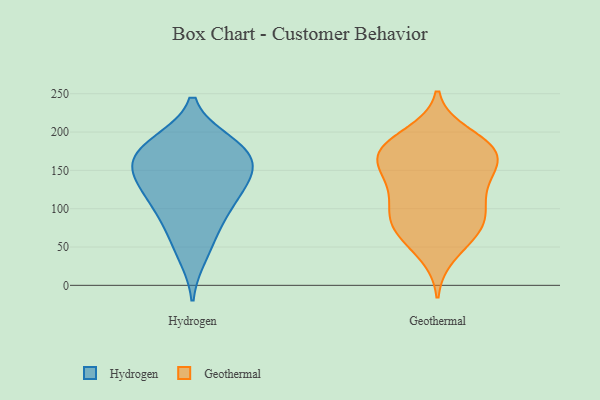
{"axis": {"x": "Waste Production (Tons)", "y": "Value"}, "legend": ["Geothermal", "Hydrogen"], "data": [{"x": "", "y": 138, "type": "Hydrogen"}, {"x": "", "y": 157, "type": "Hydrogen"}, {"x": "", "y": 110, "type": "Hydrogen"}, {"x": "", "y": 187, "type": "Hydrogen"}, {"x": "", "y": 106, "type": "Hydrogen"}, {"x": "", "y": 186, "type": "Hydrogen"}, {"x": "", "y": 88, "type": "Hydrogen"}, {"x": "", "y": 131, "type": "Hydrogen"}, {"x": "", "y": 173, "type": "Hydrogen"}, {"x": "", "y": 156, "type": "Hydrogen"}, {"x": "", "y": 38, "type": "Hydrogen"}, {"x": "", "y": 179, "type": "Hydrogen"}, {"x": "", "y": 146, "type": "Hydrogen"}, {"x": "", "y": 65, "type": "Hydrogen"}, {"x": "", "y": 65, "type": "Geothermal"}, {"x": "", "y": 141, "type": "Geothermal"}, {"x": "", "y": 83, "type": "Geothermal"}, {"x": "", "y": 180, "type": "Geothermal"}, {"x": "", "y": 177, "type": "Geothermal"}, {"x": "", "y": 183, "type": "Geothermal"}, {"x": "", "y": 180, "type": "Geothermal"}, {"x": "", "y": 77, "type": "Geothermal"}, {"x": "", "y": 40, "type": "Geothermal"}, {"x": "", "y": 110, "type": "Geothermal"}, {"x": "", "y": 93, "type": "Geothermal"}, {"x": "", "y": 197, "type": "Geothermal"}, {"x": "", "y": 65, "type": "Geothermal"}, {"x": "", "y": 169, "type": "Geothermal"}, {"x": "", "y": 93, "type": "Geothermal"}, {"x": "", "y": 137, "type": "Geothermal"}, {"x": "", "y": 155, "type": "Geothermal"}, {"x": "", "y": 147, "type": "Geothermal"}, {"x": "", "y": 171, "type": "Geothermal"}, {"x": "", "y": 116, "type": "Geothermal"}]}